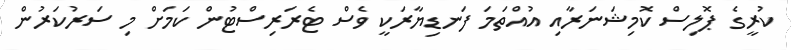
ކުރީގެ ޕޮލިސް ކޮމިޝަނަރާއި އުއްތަމަ ފަނޑިޔާރަކީ ވެސް ޓެރަރިސްޓުން ކަމަށް މި ސަރުކަރުން